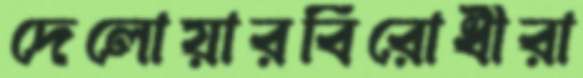
দেলোয়ারবিরোধীরা